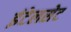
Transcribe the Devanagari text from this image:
इंटेलसेट